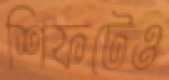
শিফটেও